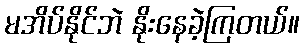
မအိပ်နိုင်ဘဲ နိုးနေခဲ့ကြတယ်။